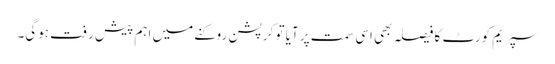
سپریم کورٹ کا فیصلہ بھی اسی سمت پر آیا تو کرپشن روکنے میں اہم پیش رفت ہوگی۔